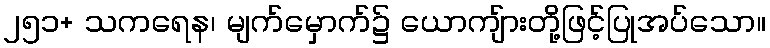
၂၅၁+ သကရေန၊ မျက်မှောက်၌ ယောကျ်ားတို့ဖြင့်ပြုအပ်သော။